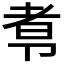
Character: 𰆑